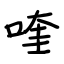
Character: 喹